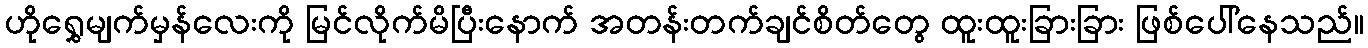
ဟိုရွှေမျက်မှန်လေးကို မြင်လိုက်မိပြီးနောက် အတန်းတက်ချင်စိတ်တွေ ထူးထူးခြားခြား ဖြစ်ပေါ်နေသည်။